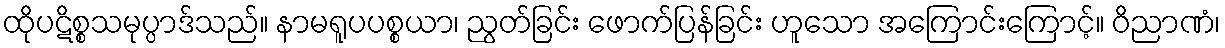
ထိုပဋိစ္စသမုပ္ပာဒ်သည်။ နာမရူပပစ္စယာ၊ ညွတ်ခြင်း ဖောက်ပြန်ခြင်း ဟူသော အကြောင်းကြောင့်။ ဝိညာဏံ၊